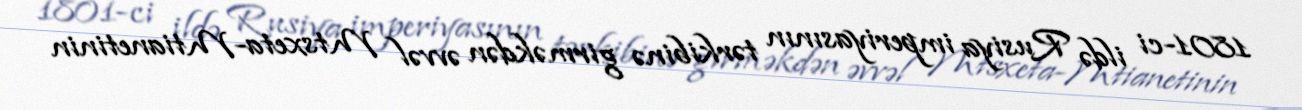
1801-ci ildə Rusiya imperiyasının tərkibinə girməkdən əvvəl Mtsxeta-Mtianetinin